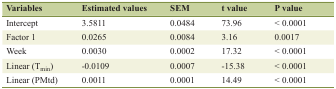
| Variables | Estimated values | SEM | t value | P value |
 | --- | --- | --- | --- | --- |
 | Intercept | 3.5811 | 0.0484 | 73.96 | < 0.0001 |
 | Factor 1 | 0.0265 | 0.0084 | 3.16 | 0.0017 |
 | Week | 0.0030 | 0.0002 | 17.32 | < 0.0001 |
 | Linear (Tmin) | -0.0109 | 0.0007 | -15.38 | < 0.0001 |
 | Linear (PMtd) | 0.0011 | 0.0001 | 14.49 | < 0.0001 |